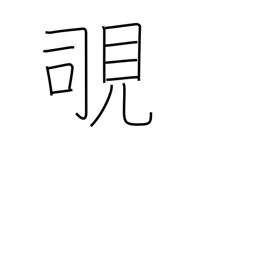
Meaning: peek